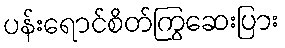
ပန်းရောင်စိတ်ကြွဆေးပြား